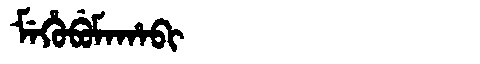
Manchu: ᠮᡝᡥᡠᠪᡠᠮᠠᡥᠠᠪᡳ
Romanization: MEHUBUMAHABI